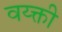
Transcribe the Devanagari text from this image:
वय्क्ती